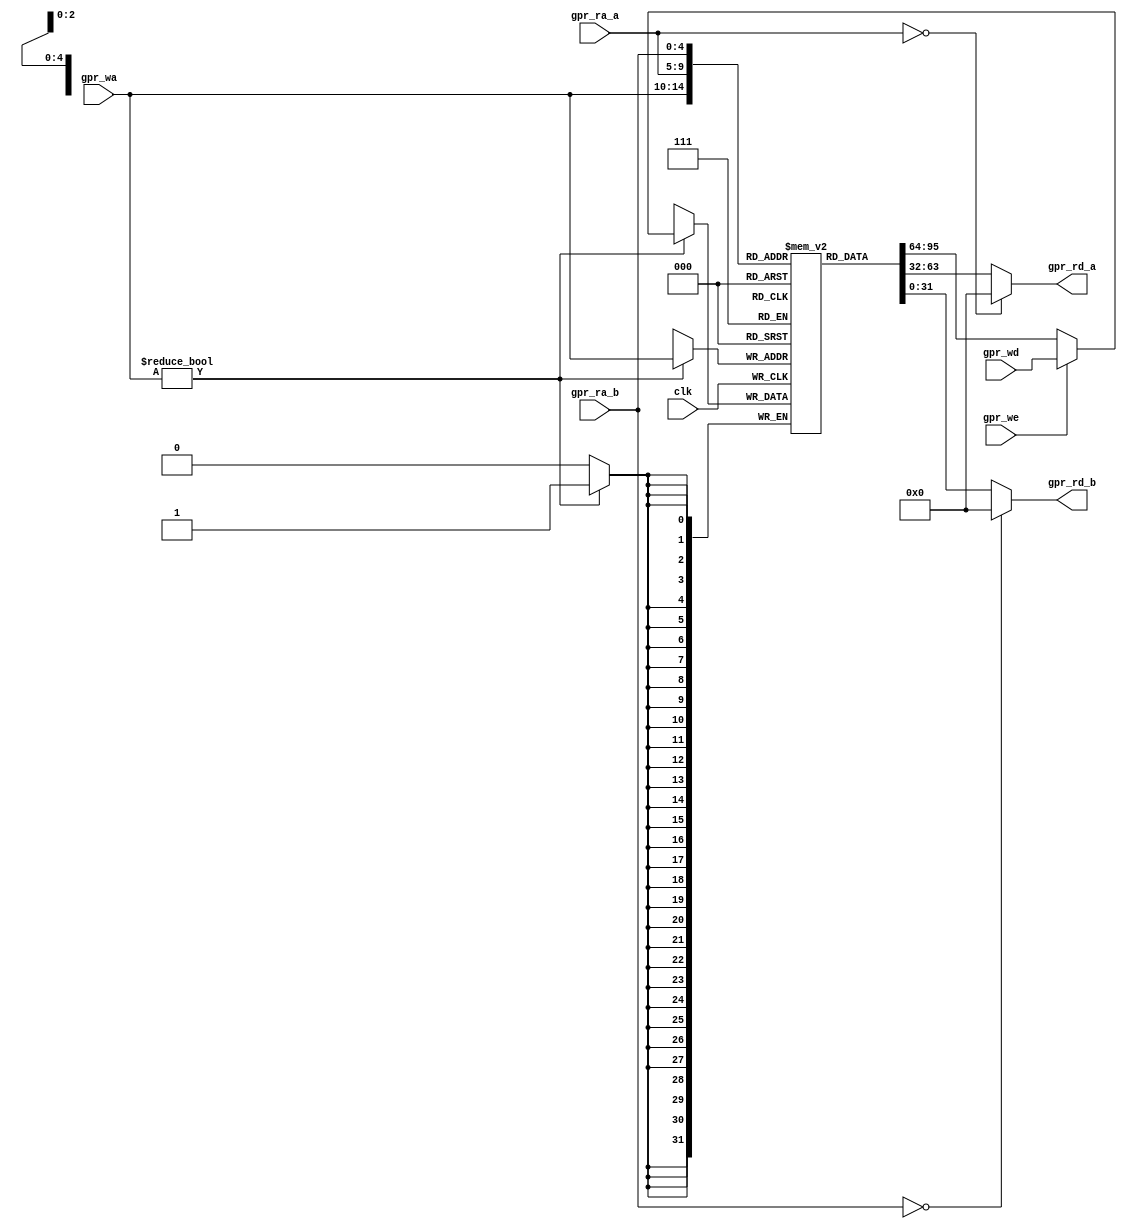
module antares_reg_file (
                         input         clk,
                         input [4:0]   gpr_ra_a,
                         input [4:0]   gpr_ra_b,
                         input [4:0]   gpr_wa,
                         input [31:0]  gpr_wd,
                         input         gpr_we,
                         output [31:0] gpr_rd_a,
                         output [31:0] gpr_rd_b
                         );

    // Register file of 32 32-bit registers. Register 0 is always 0
    reg [31:0]    registers [1:31];

    // Clocked write
    always @ ( posedge clk ) begin
        if(gpr_wa != 5'b0)
          registers[gpr_wa] <= (gpr_we) ? gpr_wd :  registers[gpr_wa];
    end

    // Combinatorial read (no delay). Register 0 is read as 0 always.
    assign gpr_rd_a = (gpr_ra_a == 5'b0) ? 32'b0 : registers[gpr_ra_a];
    assign gpr_rd_b = (gpr_ra_b == 5'b0) ? 32'b0 : registers[gpr_ra_b];

endmodule